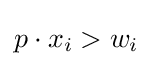
p\cdot x_{i}>w_{i}